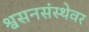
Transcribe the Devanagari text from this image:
श्वसनसंस्थेवर